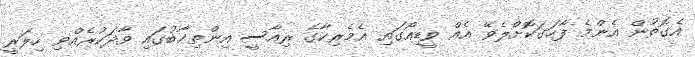
އެގޮތުން އެންމެ ފާހަގަކޮށްލެވޭ އެއް ވީޑިއޯގައި އެމެރިކާގެ ރިއާސީ އިންތިޚާބުގައި ވާދަކުރެއްވި ހިލަރީ